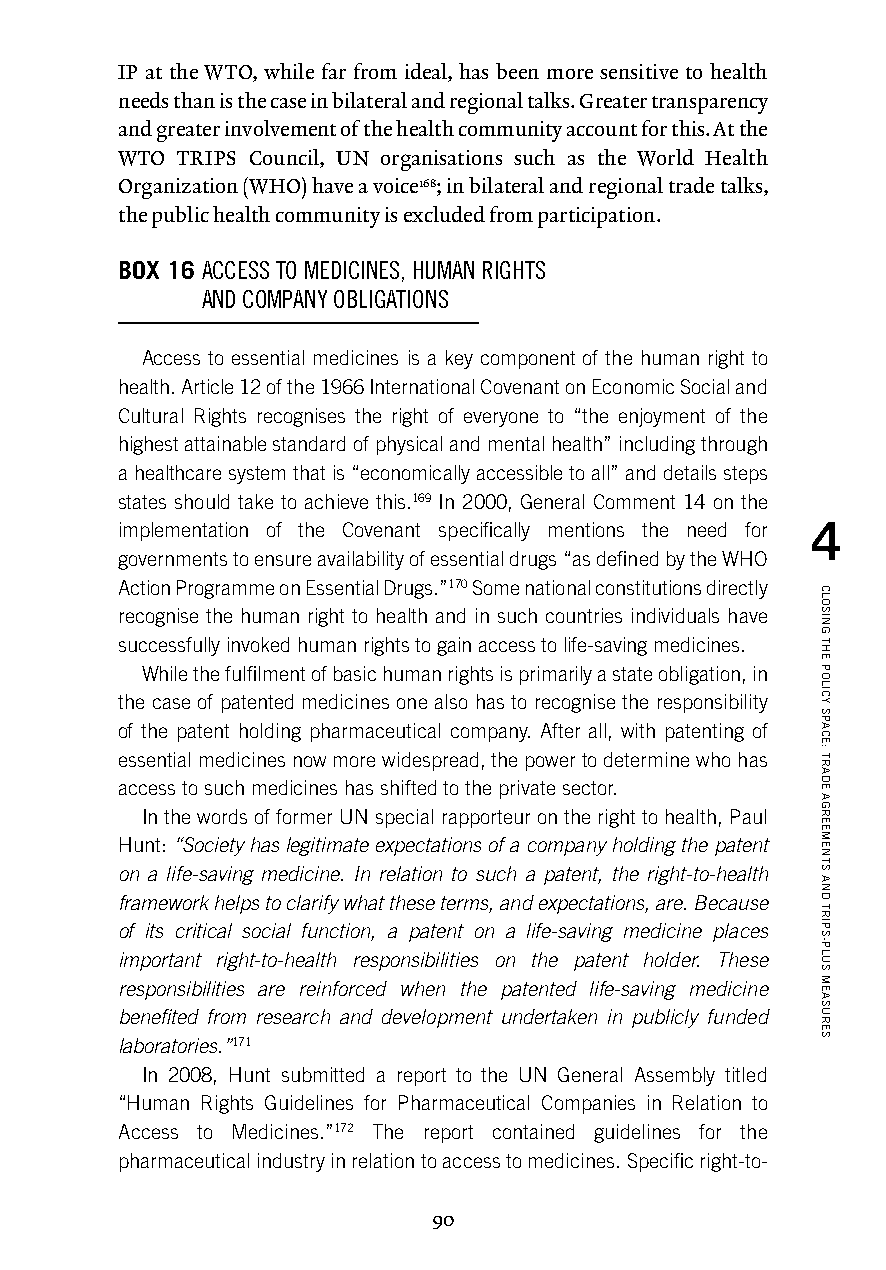
IP at the WTO, while far from ideal, has been more sensitive to health
 needs than is the case in bilateral and regional talks. Greater transparency
 and greater involvement of the health community account for this. At the
 WTO TRIPS Council, UN organisations such as the World Health
 Organization (WHO) have a voice168; in bilateral and regional trade talks,
 the public health community is excluded from participation.
 BOX 16 A CCESS TO MEDICINES, HUMAN RIGHTS
 AND COMPANY OBLIGATIONS
 Access to essential medicines is a key component of the human right to
 health. Article 12 of the 1966 International Covenant on Economic Social and
 Cultural Rights recognises the right of everyone to “the enjoyment of the
 highest attainable standard of physical and mental health” including through
 a healthcare system that is “economically accessible to all” and details steps
 states should take to achieve this.169 In 2000, General Comment 14 on the
 implementation of the Covenant specifically mentions the need for 4
 governments to ensure availability of essential drugs “as defined by the WHO
 Action Programme on Essential Drugs.”170 Some national constitutions directly
 recognise the human right to health and in such countries individuals have
 successfully invoked human rights to gain access to life-saving medicines.
 While the fulfilment of basic human rights is primarily a state obligation, in
 the case of patented medicines one also has to recognise the responsibility
 of the patent holding pharmaceutical company. After all, with patenting of
 essential medicines now more widespread, the power to determine who has
 access to such medicines has shifted to the private sector.
 In the words of former UN special rapporteur on the right to health, Paul
 Hunt: “Society has legitimate expectations of a company holding the patent
 on a life-saving medicine. In relation to such a patent, the right-to-health
 framework helps to clarify what these terms, and expectations, are. Because
 of its critical social function, a patent on a life-saving medicine places
 important right-to-health responsibilities on the patent holder. These
 responsibilities are reinforced when the patented life-saving medicine
 benefited from research and development undertaken in publicly funded
 laboratories.”171
 In 2008, Hunt submitted a report to the UN General Assembly titled
 “Human Rights Guidelines for Pharmaceutical Companies in Relation to
 Access to Medicines.”172 The report contained guidelines for the
 pharmaceutical industry in relation to access to medicines. Specific right-to-
 90
 CLOSING
 THE
 POLICY
 SPACE:
 TRADE
 AGREEMENTS
 AND
 TRIPS-PLUS
 MEASURES